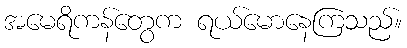
အမေရိကန်တွေက ရယ်မောနေကြသည်။